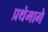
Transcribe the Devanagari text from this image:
प्रथेमागे